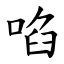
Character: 啗